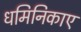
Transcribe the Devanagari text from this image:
धमिनिकाए